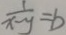
\frac { 1 } { x - y } = b